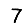
Digit: 7